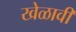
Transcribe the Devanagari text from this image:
खेळावी